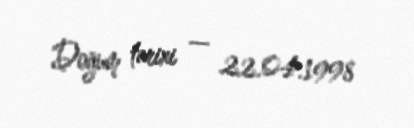
Doğum tarixi — 22.04.1998